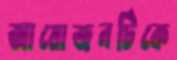
আয়োজনটিকে